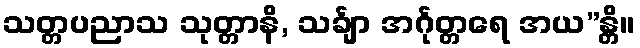
သတ္တပညာသ သုတ္တာနိ, သင်္ချာ အင်္ဂုတ္တရေ အယ”န္တိ။